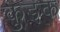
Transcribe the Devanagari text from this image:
कुइक